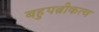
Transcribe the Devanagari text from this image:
बहुपत्नीकत्व